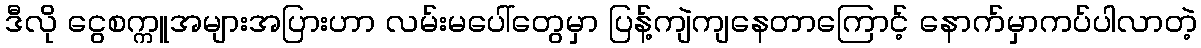
ဒီလို ငွေစက္ကူအများအပြားဟာ လမ်းမပေါ်တွေမှာ ပြန့်ကျဲကျနေတာကြောင့် နောက်မှာကပ်ပါလာတဲ့